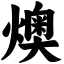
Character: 燠